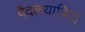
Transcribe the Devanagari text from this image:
पैदलयात्रियों